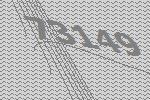
73149